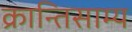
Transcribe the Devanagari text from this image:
क्रान्तिसाम्य